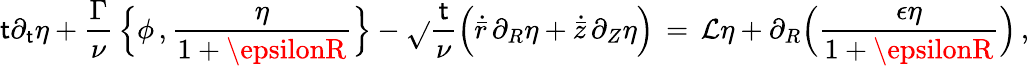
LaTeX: \mathsf{t}\partial_{\mathsf{t}}\eta+\frac{{\Gamma}}{{\nu}}\, \Bigl\{ \phi\, ,\frac{{\eta}}{{1+\epsilonR}}\Bigr\} -\sqrt{}{{\frac{{\mathsf{t}}}{{\nu}}}}\Bigl(\dot{{\bar{{r}}}}\, \partial_{R}\eta+\dot{{\bar{{z}}}}\, \partial_{Z}\eta\Bigr)\, =\, \mathcal{{L}}\eta+\partial_{R}\Bigl(\frac{{\epsilon\eta}}{{1+\epsilonR}}\Bigr)\, ,